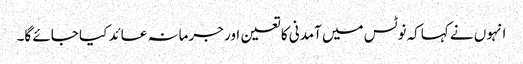
انہوں نے کہاکہ نوٹس میں آمدنی کا تعین اور جرمانہ عائد کیا جائے گا۔